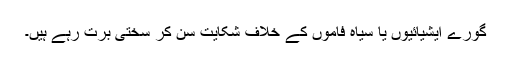
گورے ایشیائیوں یا سیاہ فاموں کے خلاف شکایت سن کر سختی برت رہے ہیں۔